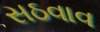
સઠવાવ